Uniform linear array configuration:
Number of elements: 24
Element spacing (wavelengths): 1
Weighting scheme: uniform
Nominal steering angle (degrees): -45
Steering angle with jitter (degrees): -44.609
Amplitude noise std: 0.05
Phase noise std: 0.05

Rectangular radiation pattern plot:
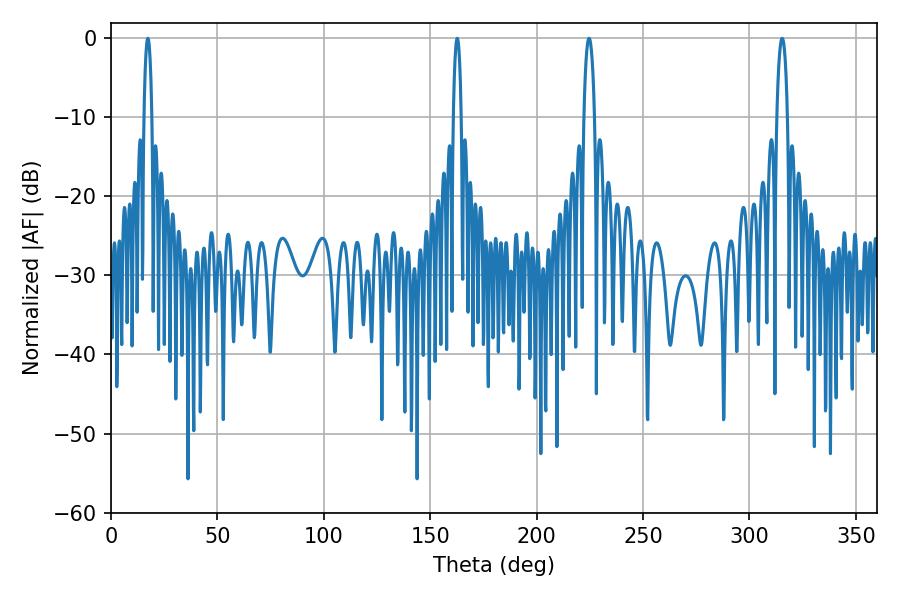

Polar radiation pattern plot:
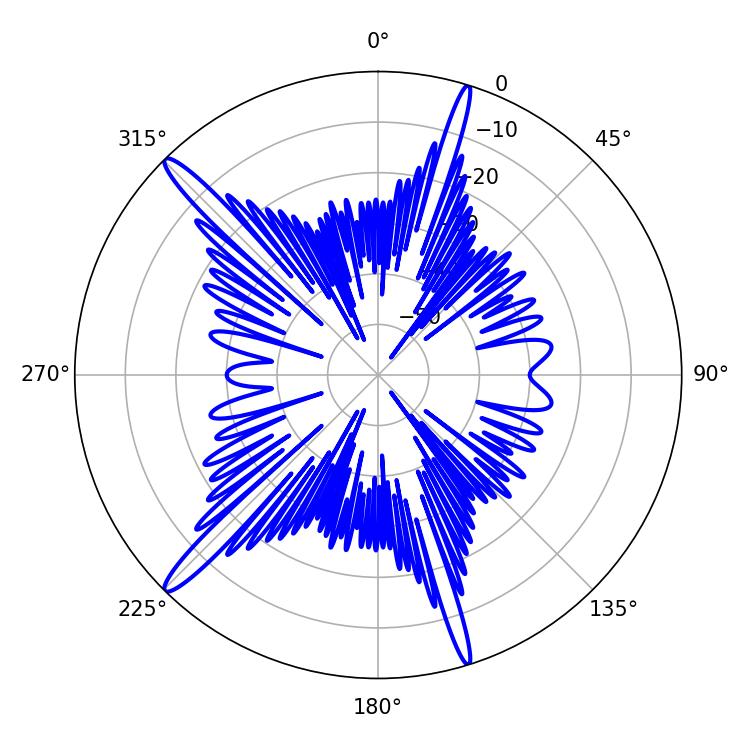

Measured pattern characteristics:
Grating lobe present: TRUE
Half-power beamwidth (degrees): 2.88
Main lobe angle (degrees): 315.36